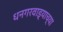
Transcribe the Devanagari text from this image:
धनगरवाड्याच्या